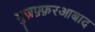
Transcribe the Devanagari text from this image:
मुज़फ़्फ़रआबाद